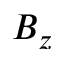
B _ { z }